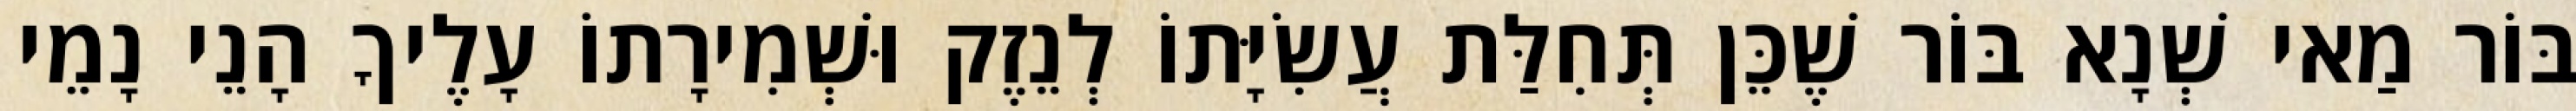
בּוֹר מַאי שְׁנָא בּוֹר שֶׁכֵּן תְּחִלַּת עֲשִׂיָּתוֹ לְנֵזֶק וּשְׁמִירָתוֹ עָלֶיךָ הָנֵי נָמֵי